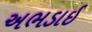
અભડાઈ